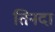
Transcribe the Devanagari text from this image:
तिनदा